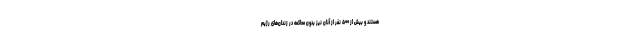
هستند و بیش از ۵۰۰ نفر از آنان نیز بدون محاکمه در زندان‌های رژیم